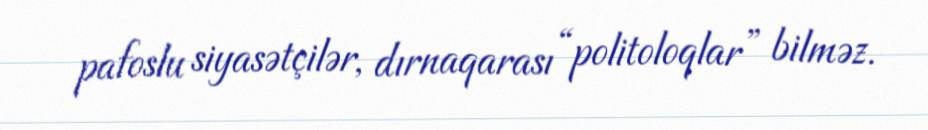
pafoslu siyasətçilər, dırnaqarası “politoloqlar” bilməz.